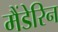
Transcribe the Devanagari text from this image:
मैंडेरिन